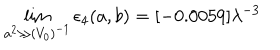
\lim _ { a ^ { 2 } \gg ( V _ { 0 } ) ^ { - 1 } } \epsilon _ { 4 } ( a , b ) = [ - 0 . 0 0 5 9 ] \lambda ^ { - 3 }